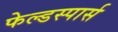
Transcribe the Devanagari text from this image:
फेल्डस्पार्स